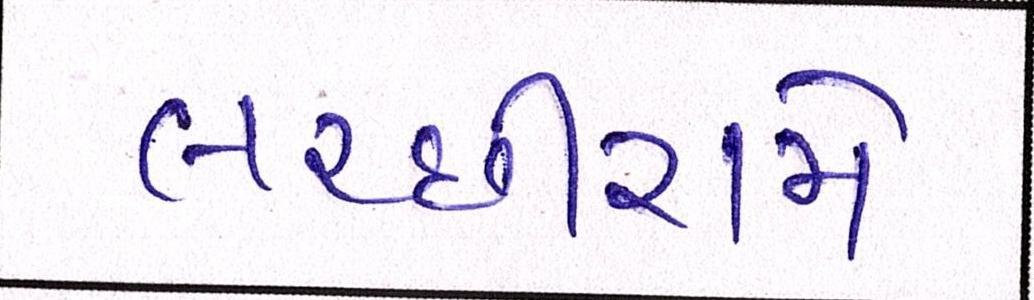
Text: લચ્છીરામે